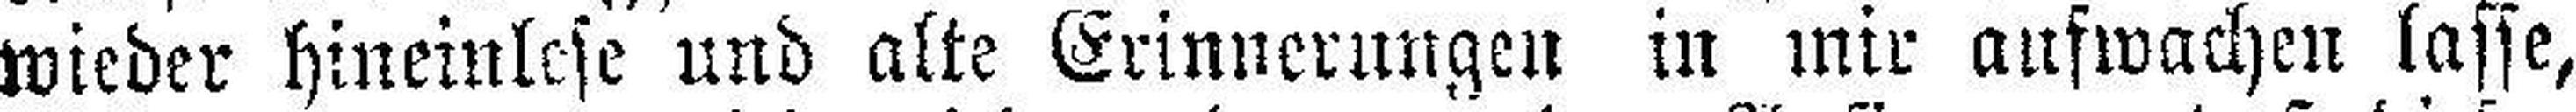
wieder hineinlese und alte Erinnerungen in mir aufwachen lasse,